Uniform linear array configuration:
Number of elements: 32
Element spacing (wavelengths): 0.75
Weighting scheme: exponential
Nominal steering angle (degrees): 60
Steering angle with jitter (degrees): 58.542
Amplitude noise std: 0.05
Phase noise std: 0.05

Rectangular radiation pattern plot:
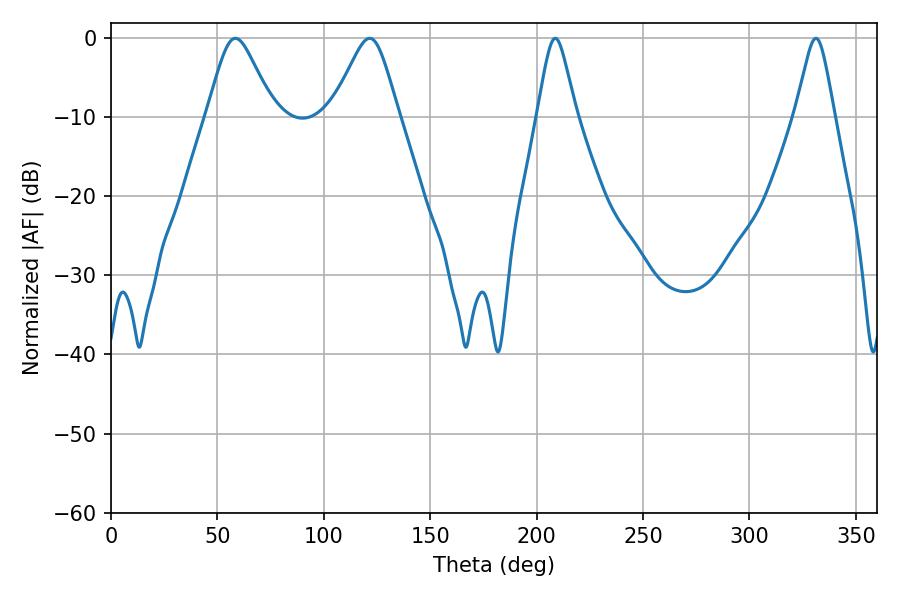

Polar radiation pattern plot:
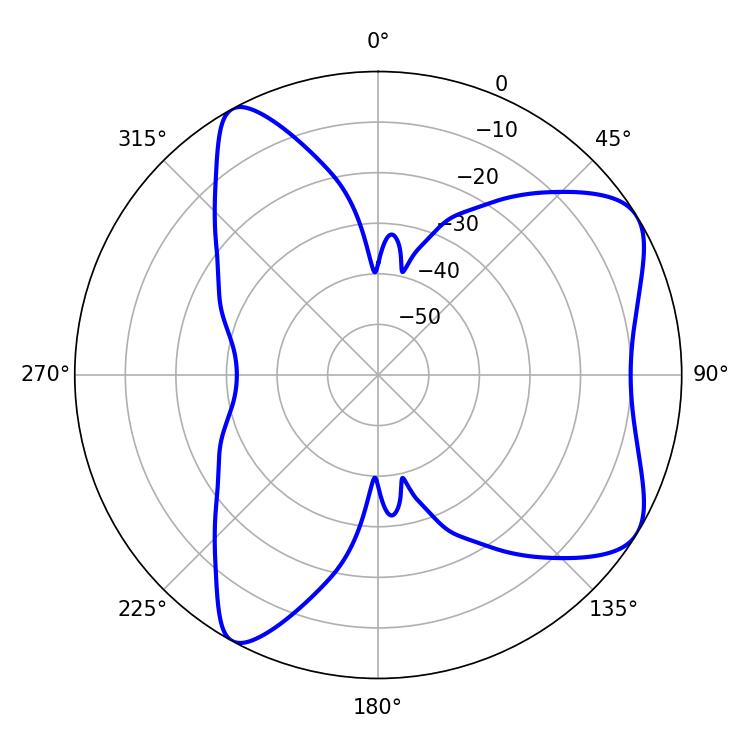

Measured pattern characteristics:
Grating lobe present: TRUE
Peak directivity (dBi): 7.097
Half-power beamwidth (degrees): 15.12
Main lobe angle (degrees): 58.5